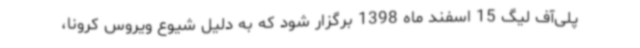
پلی‌آف لیگ 15 اسفند ماه 1398 برگزار شود که به دلیل شیوع‌ ویروس‌ کرونا،